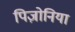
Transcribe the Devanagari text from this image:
पिज़ोनिया